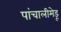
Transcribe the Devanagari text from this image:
पांचालीमेडू